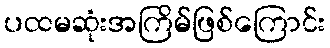
ပထမဆုံးအကြိမ်ဖြစ်ကြောင်း